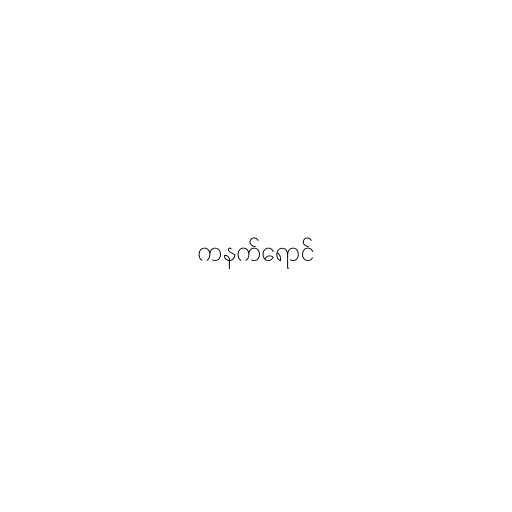
ကနက်ရောင်